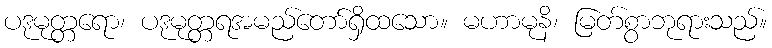
ပဒုမုတ္တရော၊ ပဒုမုတ္တရအမည်တော်ရှိထသော။ မဟာမုနိ၊ မြတ်စွာဘုရားသည်။